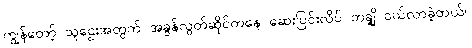
ကျွန်တော့် သူဌေးအတွက် အခွန်လွတ်ဆိုင်ကနေ ဆေးပြင်းလိပ် တချို့ ဝယ်လာခဲ့တယ်။